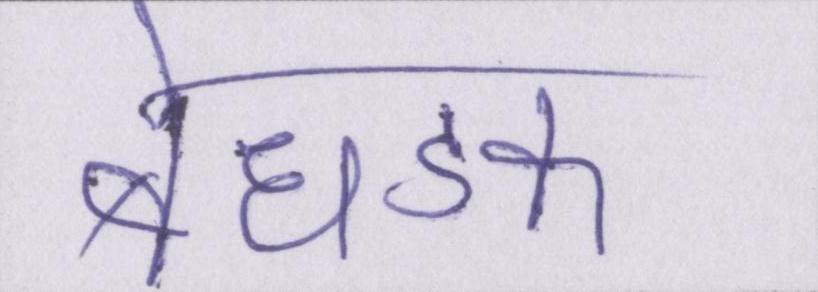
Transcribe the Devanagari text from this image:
बेधडक